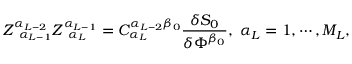
Z _ { \; \; \alpha _ { L - 1 } } ^ { \alpha _ { L - 2 } } Z _ { \; \; \alpha _ { L } } ^ { \alpha _ { L - 1 } } = C _ { \alpha _ { L } } ^ { \alpha _ { L - 2 } \beta _ { 0 } } \frac { \delta S _ { 0 } } { \delta \Phi ^ { \beta _ { 0 } } } , \; \alpha _ { L } = 1 , \cdots , M _ { L } ,